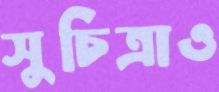
সুচিত্রাও